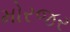
મોરજર